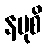
နမုစိ